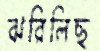
ঝরিলিছ